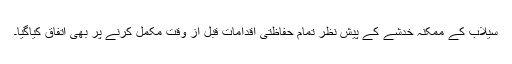
سیلاب کے ممکنہ خدشے کے پیش نظر تمام حفاظتی اقدامات قبل از وقت مکمل کرنے پر بھی اتفاق کیاگیا۔